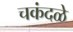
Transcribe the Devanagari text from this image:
चकंदळे